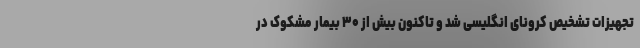
تجهیزات تشخیص کرونای انگلیسی شد و تاکنون بیش از ۳۰ بیمار مشکوک در